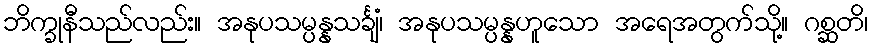
ဘိက္ခုနီသည်လည်း။ အနုပသမ္ပန္နသင်္ချံ၊ အနုပသမ္ပန္နဟူသော အရေအတွက်သို့။ ဂစ္ဆတိ၊